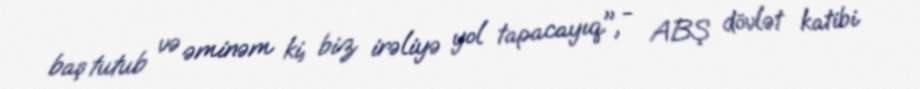
baş tutub və əminəm ki, biz irəliyə yol tapacayıq", - ABŞ dövlət katibi